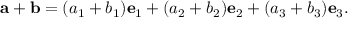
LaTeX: \mathbf { a } + \mathbf { b } = ( a _ { 1 } + b _ { 1 } ) \mathbf { e } _ { 1 } + ( a _ { 2 } + b _ { 2 } ) \mathbf { e } _ { 2 } + ( a _ { 3 } + b _ { 3 } ) \mathbf { e } _ { 3 } .